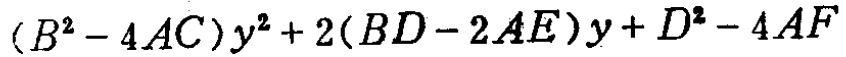
\((B^{2}-4AC)y^{2}+2(BD - 2AE)y+D^{2}-4AF\)